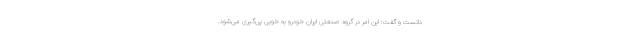
دانست و گفت: این امر در گروه صنعتی ایران خودرو به خوبی پی‌گیری می‌شود.